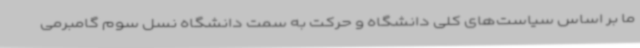
ما بر اساس سیاست‌های کلی دانشگاه و حرکت به سمت دانشگاه نسل سوم گامبرمی